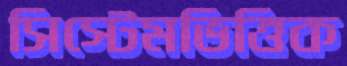
সিস্টেমভিত্তিক